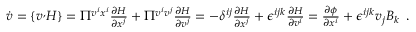
\begin{array} { r } { \dot { v } = \{ v ^ , H \} = \Pi ^ { v ^ { i } x ^ { i } } \frac { \partial H } { \partial x ^ { j } } + \Pi ^ { v ^ { i } v ^ { j } } \frac { \partial H } { \partial v ^ { j } } = - \delta ^ { i j } \frac { \partial H } { \partial x ^ { j } } + \epsilon ^ { i j k } \frac { \partial H } { \partial v ^ { i } } = \frac { \partial \phi } { \partial x ^ { i } } + \epsilon ^ { i j k } v _ { j } B _ { k } } \end{array} .